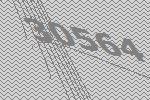
30564